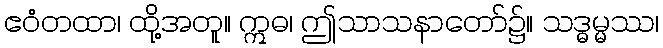
ဧဝံတထာ၊ ထို့အတူ။ ဣဓ၊ ဤသာသနာတော်၌။ သဒ္ဓမ္မဿ၊